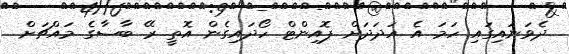
ދެވަނައިގައި ހަމަ އެ އަދަދަށް ޕޮއިންޓް ހޯދައިގެން އޮތީ ރޭ ބާސާގެ މައްޗަށް